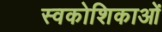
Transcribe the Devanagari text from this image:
स्वकोशिकाओं